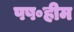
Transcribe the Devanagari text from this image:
पष॰हीम